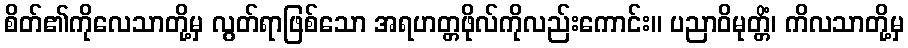
စိတ်၏ကိုလေသာတို့မှ လွတ်ရာဖြစ်သော အရဟတ္တဖိုလ်ကိုလည်းကောင်း။ ပညာဝိမုတ္တိံ၊ ကိလသာတို့မှ